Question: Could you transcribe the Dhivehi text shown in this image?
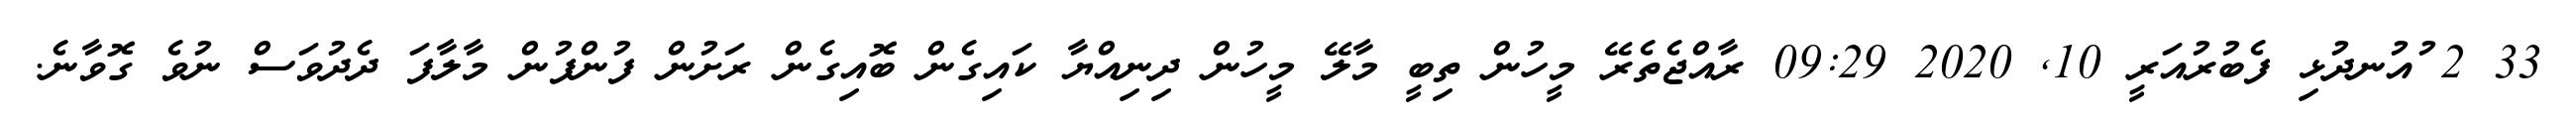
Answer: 33 2 ުއުނދުޅި ފެބުރުއަރީ 10, 2020 09:29 ރާއްޖެތެރޭ މީހުން ތިބީ މާލޭ މީހުން ދިނިއްޔާ ކައިގެން ބޮއިގެން ރަށުން ފުންފުން މާލާފަ ދެދުވަސް ނުވެ ގޮވާނެ.